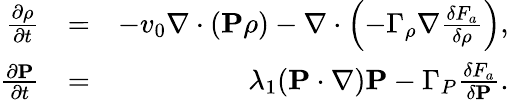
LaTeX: \begin{array}{rlr}{\frac{\partial\rho}{\partial t}}&{=}&{-v_{0}\nabla\cdot({\mathbf P}\rho)-\nabla\cdot\left(-\Gamma_{\rho}\nabla\frac{\delta F_{a}}{\delta\rho}\right),}\\ {\frac{\partial{\mathbf P}}{\partial t}}&{=}&{\lambda_{1}({\mathbf P}\cdot\nabla){\mathbf P}-\Gamma_{P}\frac{\delta F_{a}}{\delta{\mathbf P}}.}\end{array}